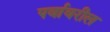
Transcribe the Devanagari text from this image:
पर्वावरील